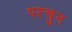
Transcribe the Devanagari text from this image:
परचुन